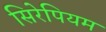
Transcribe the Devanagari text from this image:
सिरेपियम